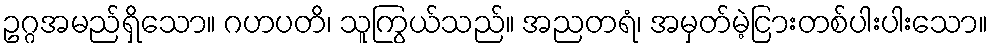
ဥဂ္ဂအမည်ရှိသော။ ဂဟပတိ၊ သူကြွယ်သည်။ အညတရံ၊ အမှတ်မဲ့ငြားတစ်ပါးပါးသော။